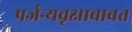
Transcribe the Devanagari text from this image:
पर्जन्यवृक्षाबाबत